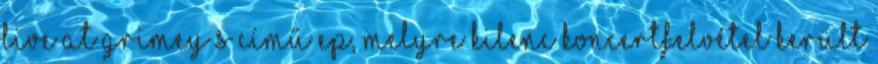
Live at Grimey’s című EP, melyre kilenc koncertfelvétel került